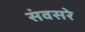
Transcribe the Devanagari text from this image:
संवसरे